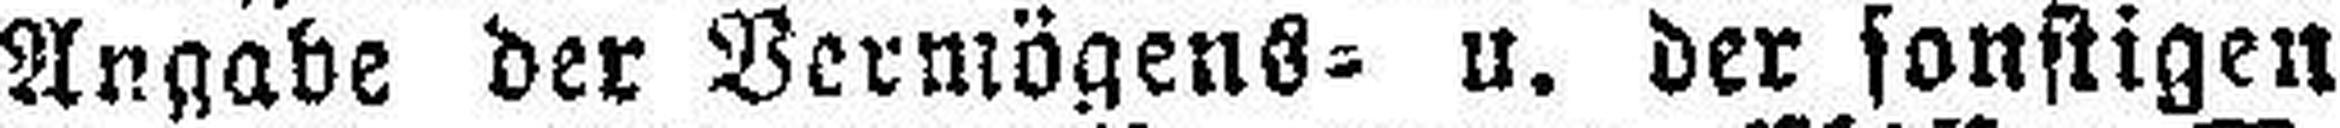
Angabe der Vermögens= u. der sonstigen